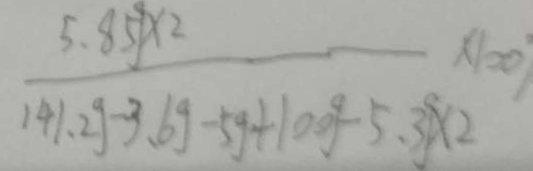
\frac { 5 . 8 5 g \times 2 } { 1 4 1 . 2 g - 3 . 6 g - 5 g + 1 0 0 g - 5 . 3 g \times 2 } \times 1 0 0 g